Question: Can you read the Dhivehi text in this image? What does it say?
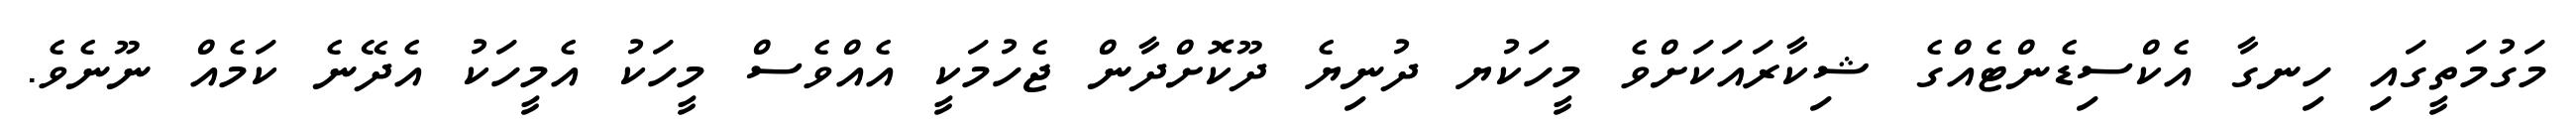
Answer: މަގުމަތީގައި ހިނގާ އެކްސިޑެންޓެއްގެ ޝިކާރައަކަށްވެ މީހަކުޔ ދުނިޔެ ދޫކޮށްދާން ޖެހުމަކީ އެއްވެސް މީހަކު އެމީހަކު އެދޭނެ ކަމެއް ނޫނެވެ.